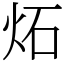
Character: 炻